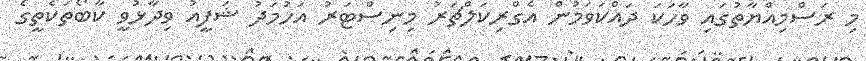
މި ރަސްމިއްޔާތުގައި ވާހަކަ ދައްކަވަމުން އެގްރިކަލްޗަރު މިނިސްޓަރު އަހުމަދު ޝަފީއު ވިދާޅުވީ ކާބޯތަކެތީގެ